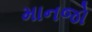
માનજો